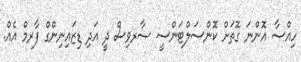
ހިއްސާ އޮންނަ ގޮތަށް ކޮންސަލްޓަންސީ ސާރވިސް ދީ އަދި ޑިޒައިނިންގް ފާރމް އެއް.